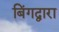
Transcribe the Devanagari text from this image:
बिंगद्वारा